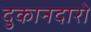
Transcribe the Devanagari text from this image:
दुकानदारो